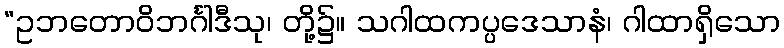
“ဥဘတောဝိဘင်္ဂါဒီသု၊ တို့၌။ သဂါထကပ္ပဒေသာနံ၊ ဂါထာရှိသော